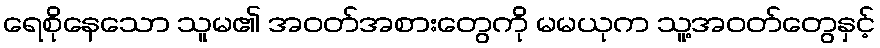
ရေစိုနေသော သူမ၏ အဝတ်အစားတွေကို မမယုက သူ့အဝတ်တွေနှင့်